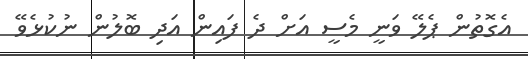
އެގޮތުން ޕެލޭ ވަނީ މެސީ އަށް ދެ ފައިން އަދި ބޮލުން ނުކުޅެވޭ